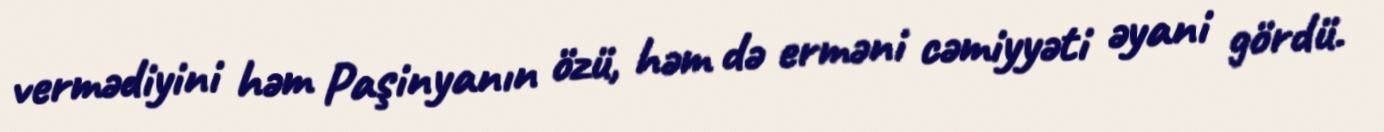
vermədiyini həm Paşinyanın özü, həm də erməni cəmiyyəti əyani gördü.